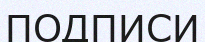
ПОДПИСИ